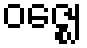
ဝဇ္ဈေ